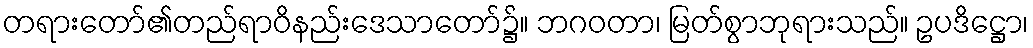
တရားတော်၏တည်ရာဝိနည်းဒေသာတော်၌။ ဘဂဝတာ၊ မြတ်စွာဘုရားသည်။ ဥပဒိဋ္ဌော၊